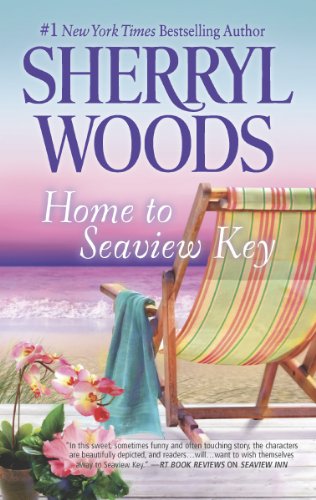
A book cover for Home to Seaview Key (A Seaview Key Novel); Sherryl Woods; Literature & Fiction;